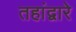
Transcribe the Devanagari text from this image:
तहांद्वारे